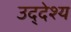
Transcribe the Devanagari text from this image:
उद्‌देश्‍य